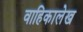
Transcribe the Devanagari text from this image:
वाहिकालेख